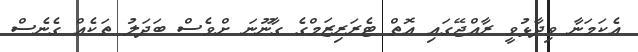
އެކަމަނާ ވިދާޅުވީ ރާއްޖޭގައި އޮތް ޓެރަރިޒަމްގެ ގާނޫނަ ށްވެސް ބަދަލު ތަކެއް ގެނެސް